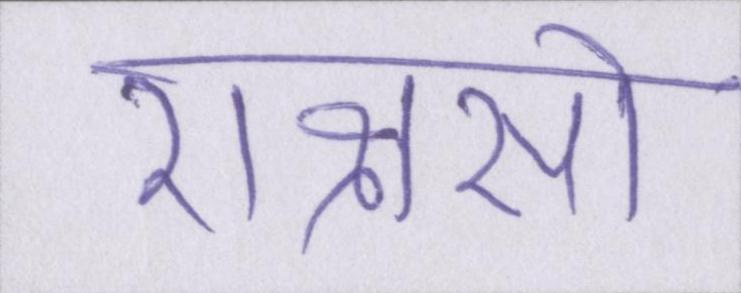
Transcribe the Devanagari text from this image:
राक्षसों